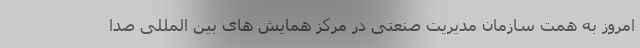
امروز به همت سازمان مدیریت صنعتی در مرکز همایش های بین المللی صدا